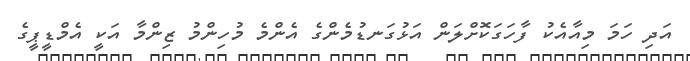
އަދި ހަމަ މިއާއެކު ފާހަގަކޮށްލަން އަޅުގަނޑުމެންގެ އެންމެ މުހިންމު ޒިންމާ އަކީ އެމްޑީޕީގެ